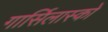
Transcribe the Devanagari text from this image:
गार्सिलास्को